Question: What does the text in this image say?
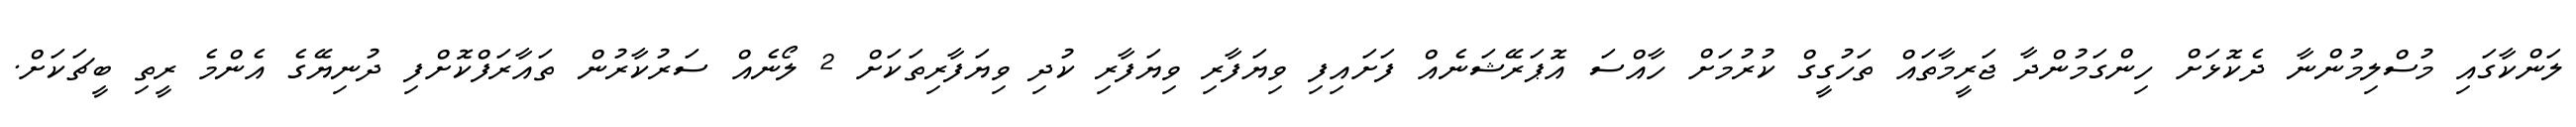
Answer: ލަންކާގައި މުސްލިމުންނާ ދެކޮޅަށް ހިންގަމުންދާ ޖަރީމާތައް ތަހުގީގް ކުރުމަށް ހާއްސަ އޮޕަރޭޝަނެއް ފަށައިފި ވިޔަފާރި ވިޔަފާރި ކުދި ވިޔަފާރިތަކަށް 2 ލޯނެއް ސަރުކާރުން ތައާރަފްކޮށްފި ދުނިޔޭގެ އެންމެ ރީތި ބީޗަކަށް.